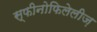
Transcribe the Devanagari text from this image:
स्फीनोफिलेलीज़